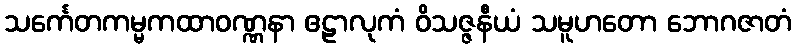
သင်္ကေတကမ္မကထာဝဏ္ဏနာ ဧဠာလုကံ ဝိသဇ္ဇနီယံ သမူဟတော ဘောဂဇာတံ